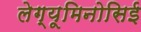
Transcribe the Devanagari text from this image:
लेग्यूमिनोसिई